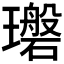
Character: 𪼪